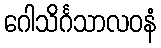
ဂေါသိင်္ဂသာလဝနံ